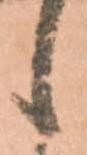
候